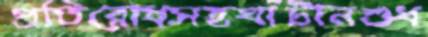
প্রতিরোধসহঘাঁটানশুধ